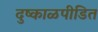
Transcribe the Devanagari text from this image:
दुष्काळपीडित